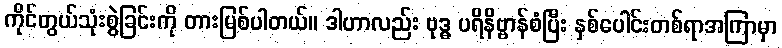
ကိုင်တွယ်သုံးစွဲခြင်းကို တားမြစ်ပါတယ်။ ဒါဟာလည်း ဗုဒ္ဓ ပရိနိဗ္ဗာန်စံပြီး နှစ်ပေါင်းတစ်ရာအကြာမှာ